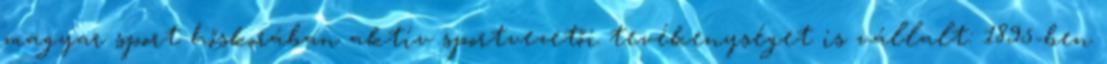
magyar sport hőskorában aktív sportvezetői tevékenységet is vállalt: 1895-ben